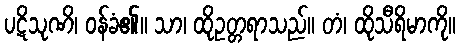
ပဋိသုဏိ၊ ဝန်ခံ၏။ သာ၊ ထိုဥတ္တရာသည်။ တံ၊ ထိုသီရိမာကို။